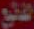
التطوع